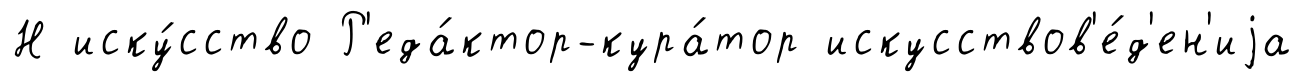
Н иску́сство Р'еда́ктор-кура́тор искусствов'е́д'ен'иjа